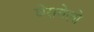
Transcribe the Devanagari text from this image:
घेरायेलो